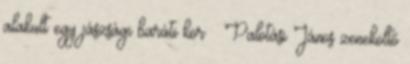
alakult egy jászsági baráti kör Palotási János zeneköltő